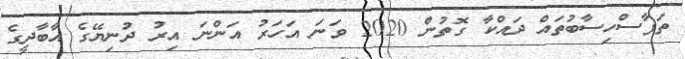
ތަފާސްހިސާބުތައް ދައްކާ ގޮތުން 2020 ވަނަ އަހަރު އަންނަ އިރު ދުނިޔޭގެ އާބާދީގެ